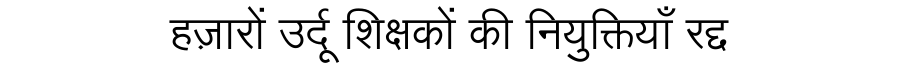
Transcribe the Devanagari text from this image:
हज़ारों उर्दू शिक्षकों की नियुक्तियाँ रद्द